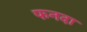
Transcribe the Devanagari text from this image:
फनदा